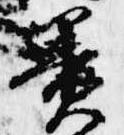
簀